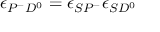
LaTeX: \epsilon _ { P ^ { - } D ^ { 0 } } = \epsilon _ { S P ^ { - } } \epsilon _ { S D ^ { 0 } }